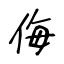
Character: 侮